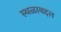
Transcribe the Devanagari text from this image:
स्थळाबद्दल